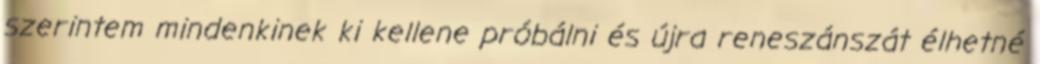
szerintem mindenkinek ki kellene próbálni és újra reneszánszát élhetné